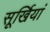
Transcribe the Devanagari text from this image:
सूर्खियां